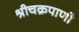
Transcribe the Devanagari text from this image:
श्रीचक्रपाणी